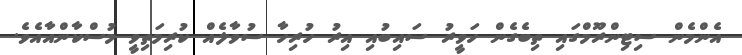
އެންމެން ސިޓިންރޫމްގައި ތިބެގެން ހަވީރު ސައިބުއި އިރު ހުރިހާ ސުވާލެއް ކުރިމަތިވީ މުސްކާންއާއެވެ.